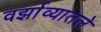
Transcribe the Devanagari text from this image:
वर्झाव्यातले